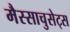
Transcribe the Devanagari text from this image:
मैस्साचुसेट्स